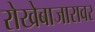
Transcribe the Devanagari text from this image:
रोखेबाजारावर